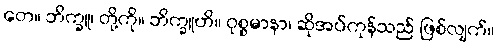
တေ။ ဘိက္ခူ၊ တို့ကို။ ဘိက္ခူဟိ။ ဝုစ္စမာနာ၊ ဆိုအပ်ကုန်သည် ဖြစ်လျက်။